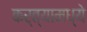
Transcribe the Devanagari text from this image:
कर्त्यामध्ये